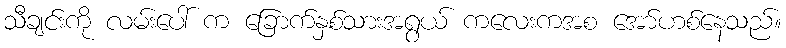
သီချင်းကို လမ်းပေါ် က ခြောက်နှစ်သားအရွယ် ကလေးကအစ အော်ဟစ်နေသည်။